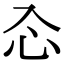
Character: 𠓣